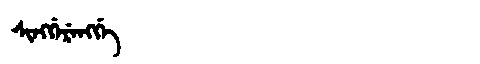
Manchu: ᠰᡳᠩᡤᡝᡵᡝᠩᡤᡝ
Romanization: SINGGERENGGE